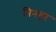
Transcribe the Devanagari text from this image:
निनगूर